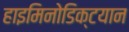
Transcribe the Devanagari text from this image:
हाइमिनोडिक्टयान